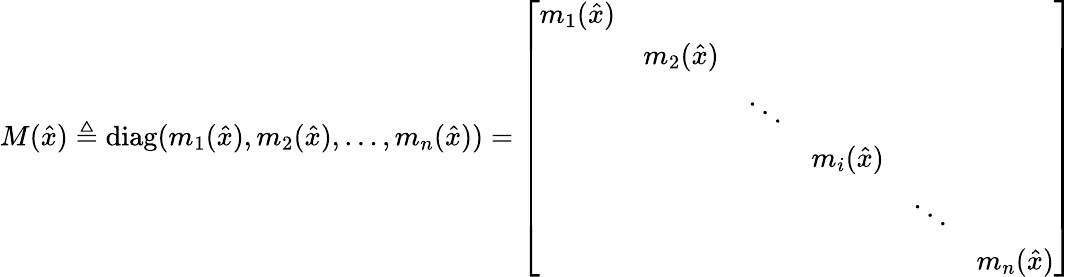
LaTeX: M({\hat{x}})\triangleq\operatorname{diag}(m_{1}({\hat{x}}),m_{2}({\hat{x}}),\ldots,m_{n}({\hat{x}}))={\left[\begin{array}{llllll}{m_{1}({\hat{x}})}&&&&&\\ &{m_{2}({\hat{x}})}&&&&\\ &&{\ddots}&&&\\ &&&{m_{i}({\hat{x}})}&&\\ &&&&{\ddots}&\\ &&&&&{m_{n}({\hat{x}})}\end{array}\right]}